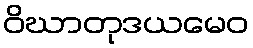
ဝိဃာတုဒယမေဝ